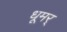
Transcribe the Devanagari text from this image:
धूमर्